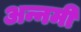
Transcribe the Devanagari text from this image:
अन्नमी